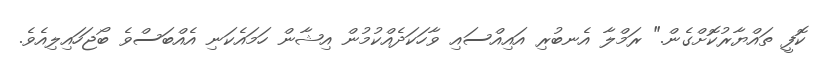
ކޮފީ ތައްޔާރުކޮށްގެން." ރަމްލާ އެނބުރި އައިއްސައި ވާހަކަދެއްކުމުން އިޝާން ހަމައެކަނި އެއްބަސްވެ ބޯޖަހައިލިއެވެ.